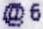
@6